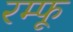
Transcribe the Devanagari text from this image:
रम्फू